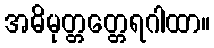
အဓိမုတ္တတ္တေရဂါထာ။